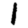
Digit: 1